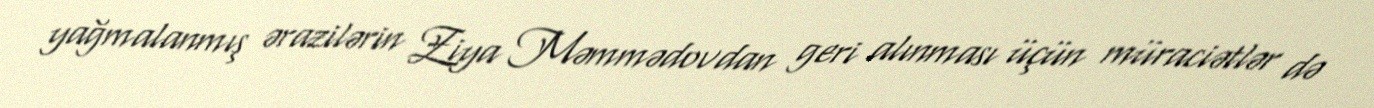
yağmalanmış ərazilərin Ziya Məmmədovdan geri alınması üçün müraciətlər də